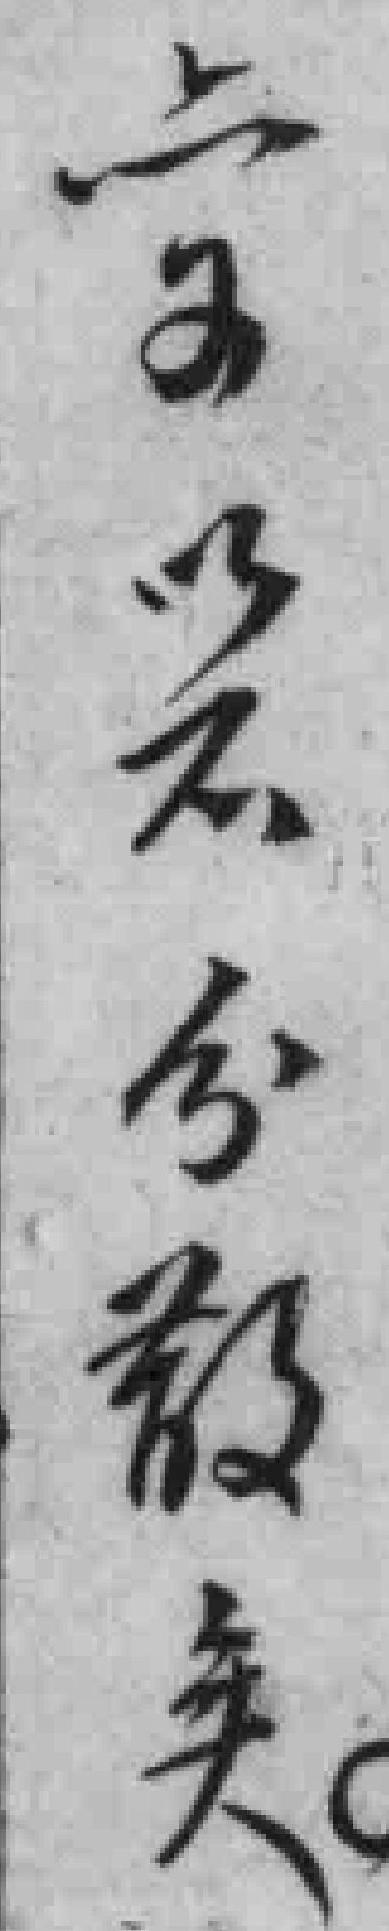
上又以不分散失